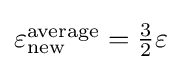
{\textstyle \varepsilon _{\text{new}}^{\text{average}}={\frac {3}{2}}\varepsilon }